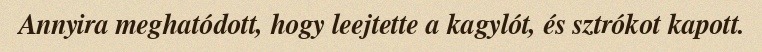
Annyira meghatódott, hogy leejtette a kagylót, és sztrókot kapott.